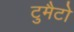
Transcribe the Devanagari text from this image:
टुमैटो